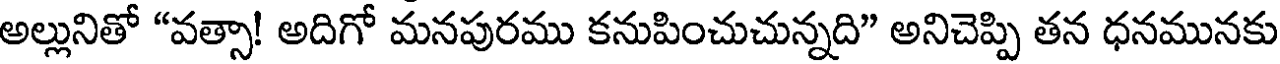
అల్లునితో "వత్సా! అదిగో మనపురము కనుపించుచున్నది" అనిచెప్పి తన ధనమునకు